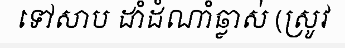
ទៅសាប ដាំដំណាំឆ្លាស់ (ស្រូវ